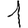
Digit: 1